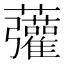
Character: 虇